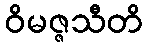
ဝိမဇ္ဇသီတိ